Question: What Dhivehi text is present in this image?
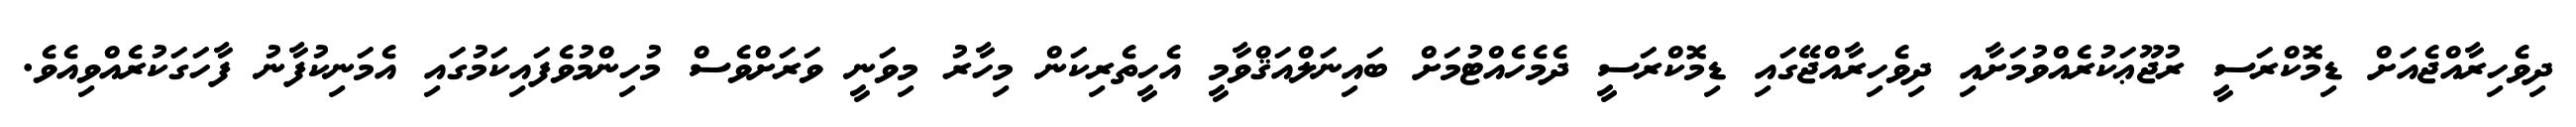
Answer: ދިވެހިރާއްޖެއަށް ޑިމޮކްރަސީ ރުޖޫޢަކުރެއްވުމަށާއި ދިވެހިރާއްޖޭގައި ޑިމޮކްރަސީ ދެމެހެއްޓުމަށް ބައިނަލްއަޤްވާމީ އެހީތެރިކަން މިހާރު މިވަނީ ވަރަށްވެސް މުހިންމުވެފައިކަމުގައި އެމަނިކުފާނު ފާހަގަކުރެއްވިއެވެ.